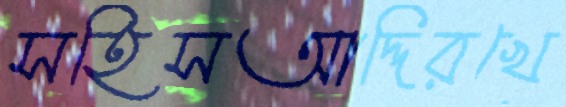
সহিসআদ্দিরখে